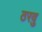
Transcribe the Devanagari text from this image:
ठरवु